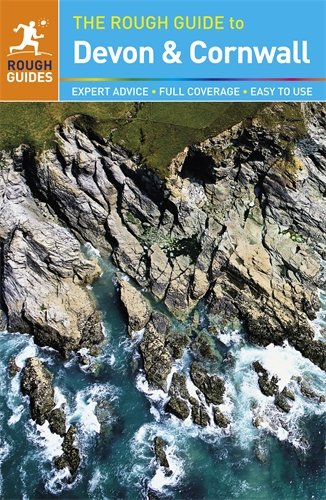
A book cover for The Rough Guide to Devon & Cornwall; Robert Andrews; Travel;